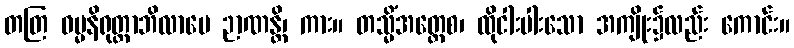
တတြ ဓမ္မနိရုတ္တာဘိလာပေ ဉာဏန္တိ၊ ကား။ တသ္မိံအတ္ထေစ၊ ထိုငါးပါးသော အကျိုး၌လည်း ကောင်း။